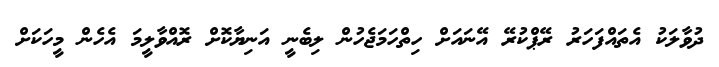
ދުވާލަކު އެތައްފަހަރު ރޭޕްކުރޭ އޭނައަށް ހިތްހަމަޖެހުން ލިބެނީ އަނިޔާކޮށް ރޮއްވާލީމަ އެހެން މީހަކަށް